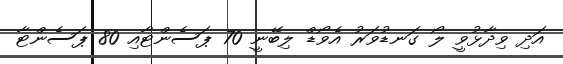
އަދި ވިދާޅުވީ ލޯ ގަނޑުވަރު އެވޯޑް ލިބޭނީ 70 ޕަސެންޓާއި 80 ޕަސެންޓާ